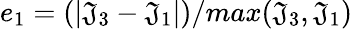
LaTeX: e_{1}=(|\mathfrak{J}_{3}-\mathfrak{J}_{1}|)/max(\mathfrak{J}_{3},\mathfrak{J}_{1})